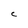
Character: C